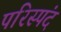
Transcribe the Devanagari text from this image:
परिस्पंद